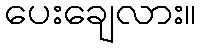
ပေးချေလား။